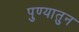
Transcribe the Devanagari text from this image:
पुण्यातुन